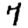
Digit: 7